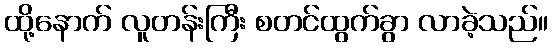
ထို့နောက် လူတန်းကြီး စတင်ထွက်ခွာ လာခဲ့သည်။